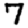
Digit: 7